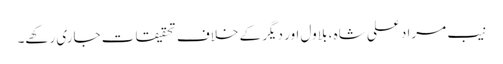
نیب مراد علی شاہ ، بلاول اور دیگر کے خلاف تحقیقات جاری رکھے۔